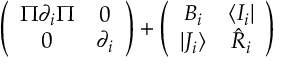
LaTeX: \left( \begin{array} { c c } { { \Pi \partial _ { i } \Pi } } & { { 0 } } \\ { { 0 } } & { { \partial _ { i } } } \end{array} \right) + \left( \begin{array} { c c } { { B _ { i } } } & { { \langle I _ { i } | } } \\ { { | J _ { i } \rangle } } & { { \hat { R } _ { i } } } \end{array} \right)